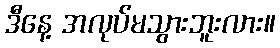
ဒီနေ့ အလုပ်မသွားဘူးလား။